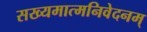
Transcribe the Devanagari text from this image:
सख्यमात्मनिवेदनम्